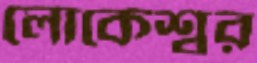
লোকেশ্বর